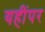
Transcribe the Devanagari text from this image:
यहींपर